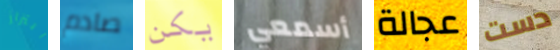
ابتزاز صادم يكن أسمعي عجالة دست